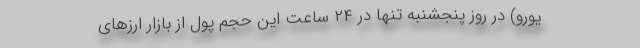
یورو) در روز پنجشنبه تنها در ۲۴ ساعت این حجم پول از بازار ارزهای